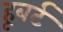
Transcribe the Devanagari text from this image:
हूबर्ट